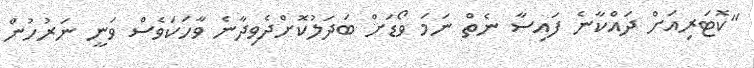
"ކޮޓަރިއަށް ދައްކާނެ ފައިސާ ނެތް ނަމަ ވޯޑަށް ބަދަލުކޮށްދެވިދާނެ ވާހަކަވެސް ވަނީ ނަރުހުން